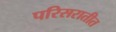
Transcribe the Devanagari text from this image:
परिसरातीत